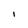
Character: l